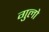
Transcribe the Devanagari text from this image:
गुलो